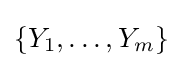
\{Y_{1},\ldots ,Y_{m}\}